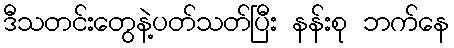
ဒီသတင်းတွေနဲ့ပတ်သတ်ပြီး နန်းစု ဘက်နေ